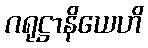
ဂရုဋ္ဌာနိယေဟိ